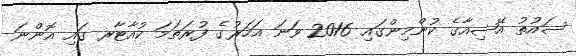
ސައުތު އޭޝިއާގެ ކުންމިންގައި 2016 ވަނަ އަހަރުގެ ފުރަތަމަ ކުއާޓާރ ގައި އޮންނަ